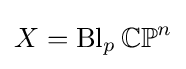
X=\operatorname {Bl} _{p}\mathbb {CP} ^{n}